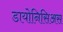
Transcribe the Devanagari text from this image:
डायोनिसिअस